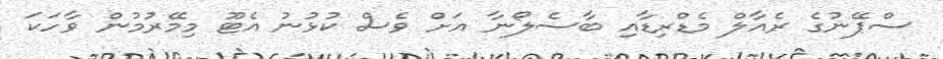
ސްޕޭނުގެ ރެއާލް މެޑްރިޑާއި ބާސެލޯނާ އަށް ވެސް ކުޅުނު އެޓޫ މިމޭރުމުން ވާހަކަ